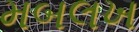
મબલખ